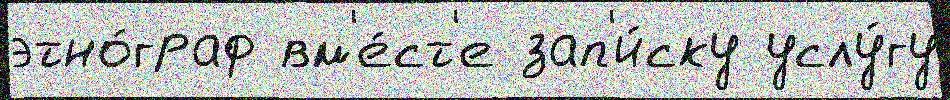
этно́граф вм'е́ст'е зап'и́ску услу́гу